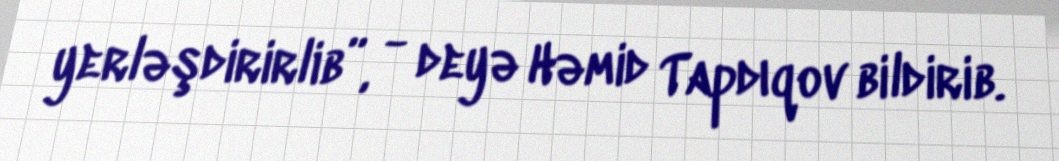
yerləşdirirlib”, - deyə Həmid Tapdıqov bildirib.